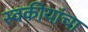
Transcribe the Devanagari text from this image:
स्वकीयांचा